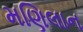
મણિલાન